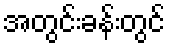
အတွင်းခန်းတွင်